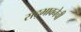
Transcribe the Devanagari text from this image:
सद्भावनेची